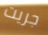
جريت